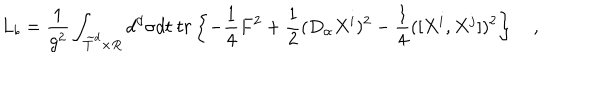
LaTeX: L _ { b } = { \frac { 1 } { g ^ { 2 } } } \int _ { \widetilde { T } ^ { d } \times R } d ^ { d } \sigma d t \ t r \left\{ - { \frac { 1 } { 4 } } F ^ { 2 } + { \frac { 1 } { 2 } } ( D _ { \alpha } X ^ { i } ) ^ { 2 } - { \frac { 1 } { 4 } } ( [ X ^ { i } , X ^ { j } ] ) ^ { 2 } \right\} \quad ,